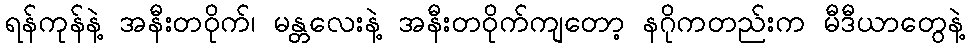
ရန်ကုန်နဲ့ အနီးတဝိုက်၊ မန္တလေးနဲ့ အနီးတဝိုက်ကျတော့ နဂိုကတည်းက မီဒီယာတွေနဲ့